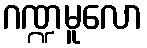
ဂဏ္ဍမူလော